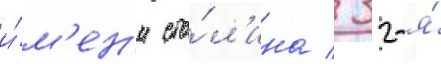
и́м'ен'и ста́л'ина / 32-я́